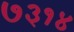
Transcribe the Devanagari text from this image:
७३१४